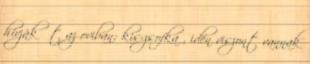
hívják őt az oviban: kis-zsofka , idén viszont vannak